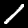
Label: 1